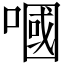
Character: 嘓